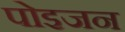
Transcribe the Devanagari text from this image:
पोइजन